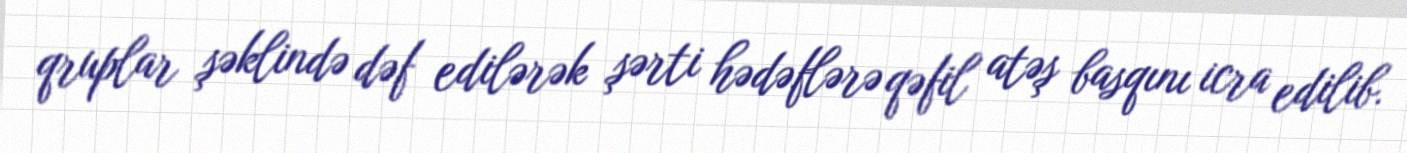
qruplar şəklində dəf edilərək şərti hədəflərə qəfil atəş basqını icra edilib.